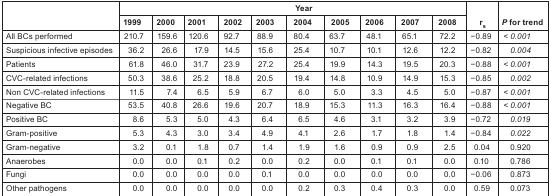
<table><thead><tr><td rowspan="2"></td><td colspan="10"><b>Year</b></td><td rowspan="2"><b>r<sub>s</sub></b></td><td rowspan="2"><b><i>P</i> for trend</b></td></tr><tr><td><b>1999</b></td><td><b>2000</b></td><td><b>2001</b></td><td><b>2002</b></td><td><b>2003</b></td><td><b>2004</b></td><td><b>2005</b></td><td><b>2006</b></td><td><b>2007</b></td><td><b>2008</b></td></tr></thead><tbody><tr><td>All BCs performed</td><td>210.7</td><td>159.6</td><td>120.6</td><td>92.7</td><td>88.9</td><td>80.4</td><td>63.7</td><td>48.1</td><td>65.1</td><td>72.2</td><td>−0.89</td><td><i>&lt; 0.001</i></td></tr><tr><td>Suspicious infective episodes</td><td>36.2</td><td>26.6</td><td>17.9</td><td>14.5</td><td>15.6</td><td>25.4</td><td>10.7</td><td>10.1</td><td>12.6</td><td>12.2</td><td>−0.82</td><td><i>0.004</i></td></tr><tr><td>Patients</td><td>61.8</td><td>46.0</td><td>31.7</td><td>23.9</td><td>27.2</td><td>25.4</td><td>19.9</td><td>14.3</td><td>19.5</td><td>20.3</td><td>−0.88</td><td><i>&lt; 0.001</i></td></tr><tr><td>CVC-related infections</td><td>50.3</td><td>38.6</td><td>25.2</td><td>18.8</td><td>20.5</td><td>19.4</td><td>14.8</td><td>10.9</td><td>14.9</td><td>15.3</td><td>−0.85</td><td><i>0.002</i></td></tr><tr><td>Non CVC-related infections</td><td>11.5</td><td>7.4</td><td>6.5</td><td>5.9</td><td>6.7</td><td>6.0</td><td>5.0</td><td>3.3</td><td>4.5</td><td>5.0</td><td>−0.87</td><td><i>&lt; 0.001</i></td></tr><tr><td>Negative BC</td><td>53.5</td><td>40.8</td><td>26.6</td><td>19.6</td><td>20.7</td><td>18.9</td><td>15.3</td><td>11.3</td><td>16.3</td><td>16.4</td><td>−0.88</td><td><i>&lt; 0.001</i></td></tr><tr><td>Positive BC</td><td>8.6</td><td>5.3</td><td>5.0</td><td>4.3</td><td>6.4</td><td>6.5</td><td>4.6</td><td>3.1</td><td>3.2</td><td>3.9</td><td>−0.72</td><td><i>0.019</i></td></tr><tr><td>Gram-positive</td><td>5.3</td><td>4.3</td><td>3.0</td><td>3.4</td><td>4.9</td><td>4.1</td><td>2.6</td><td>1.7</td><td>1.8</td><td>1.4</td><td>−0.84</td><td><i>0.022</i></td></tr><tr><td>Gram-negative</td><td>3.2</td><td>0.1</td><td>1.8</td><td>0.7</td><td>1.4</td><td>1.9</td><td>1.6</td><td>0.9</td><td>0.9</td><td>2.5</td><td>0.04</td><td>0.920</td></tr><tr><td>Anaerobes</td><td>0.0</td><td>0.0</td><td>0.1</td><td>0.2</td><td>0.0</td><td>0.2</td><td>0.0</td><td>0.1</td><td>0.1</td><td>0.0</td><td>0.10</td><td>0.786</td></tr><tr><td>Fungi</td><td>0.0</td><td>0.0</td><td>0.0</td><td>0.0</td><td>0.1</td><td>0.0</td><td>0.0</td><td>0.0</td><td>0.0</td><td>0.0</td><td>−0.06</td><td>0.873</td></tr><tr><td>Other pathogens</td><td>0.0</td><td>0.0</td><td>0.0</td><td>0.0</td><td>0.0</td><td>0.2</td><td>0.3</td><td>0.4</td><td>0.3</td><td>0.0</td><td>0.59</td><td>0.073</td></tr></tbody></table>